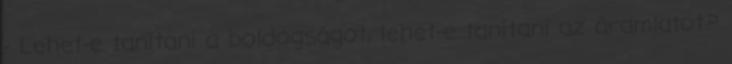
- Lehet-e tanítani a boldogságot, lehet-e tanítani az áramlatot?